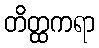
တိတ္ထကရာ